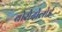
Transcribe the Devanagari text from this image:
बोरोदोलोई